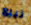
نبيع